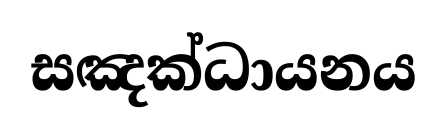
සඤක්ධායනය